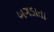
બગડાતા